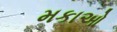
મકાઓ